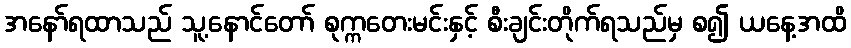
အနော်ရထာသည် သူ့နောင်တော် စုက္ကတေးမင်းနှင့် စီးချင်းတိုက်ရသည်မှ စ၍ ယနေ့အထိ